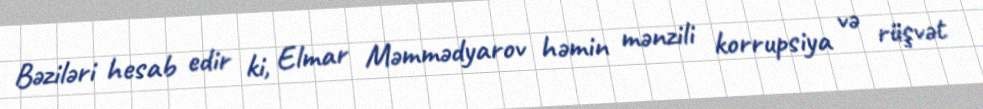
Bəziləri hesab edir ki, Elmar Məmmədyarov həmin mənzili korrupsiya və rüşvət